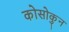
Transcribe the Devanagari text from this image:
कोसोकुन